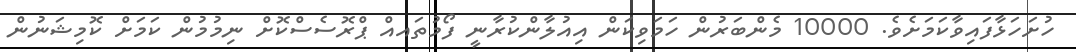
ހުށަހަޅާފައިވާކަމަށެވެ. 10000 މެންބަރުން ހަމަވިކަން އިއުލާންކުރާނީ ފޯމުތައއް ޕްރޮސެސްްކޮށް ނިމުމުން ކަމަށް ކޮމިޝަނުން